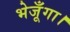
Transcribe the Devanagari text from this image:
भेजूँगा।